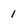
Character: i